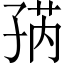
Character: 𱙽